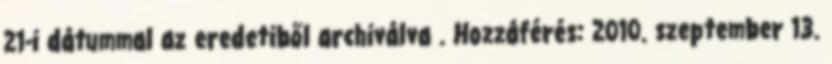
21-i dátummal az eredetiből archiválva . Hozzáférés: 2010. szeptember 13.